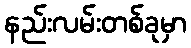
နည်းလမ်းတစ်ခုမှာ